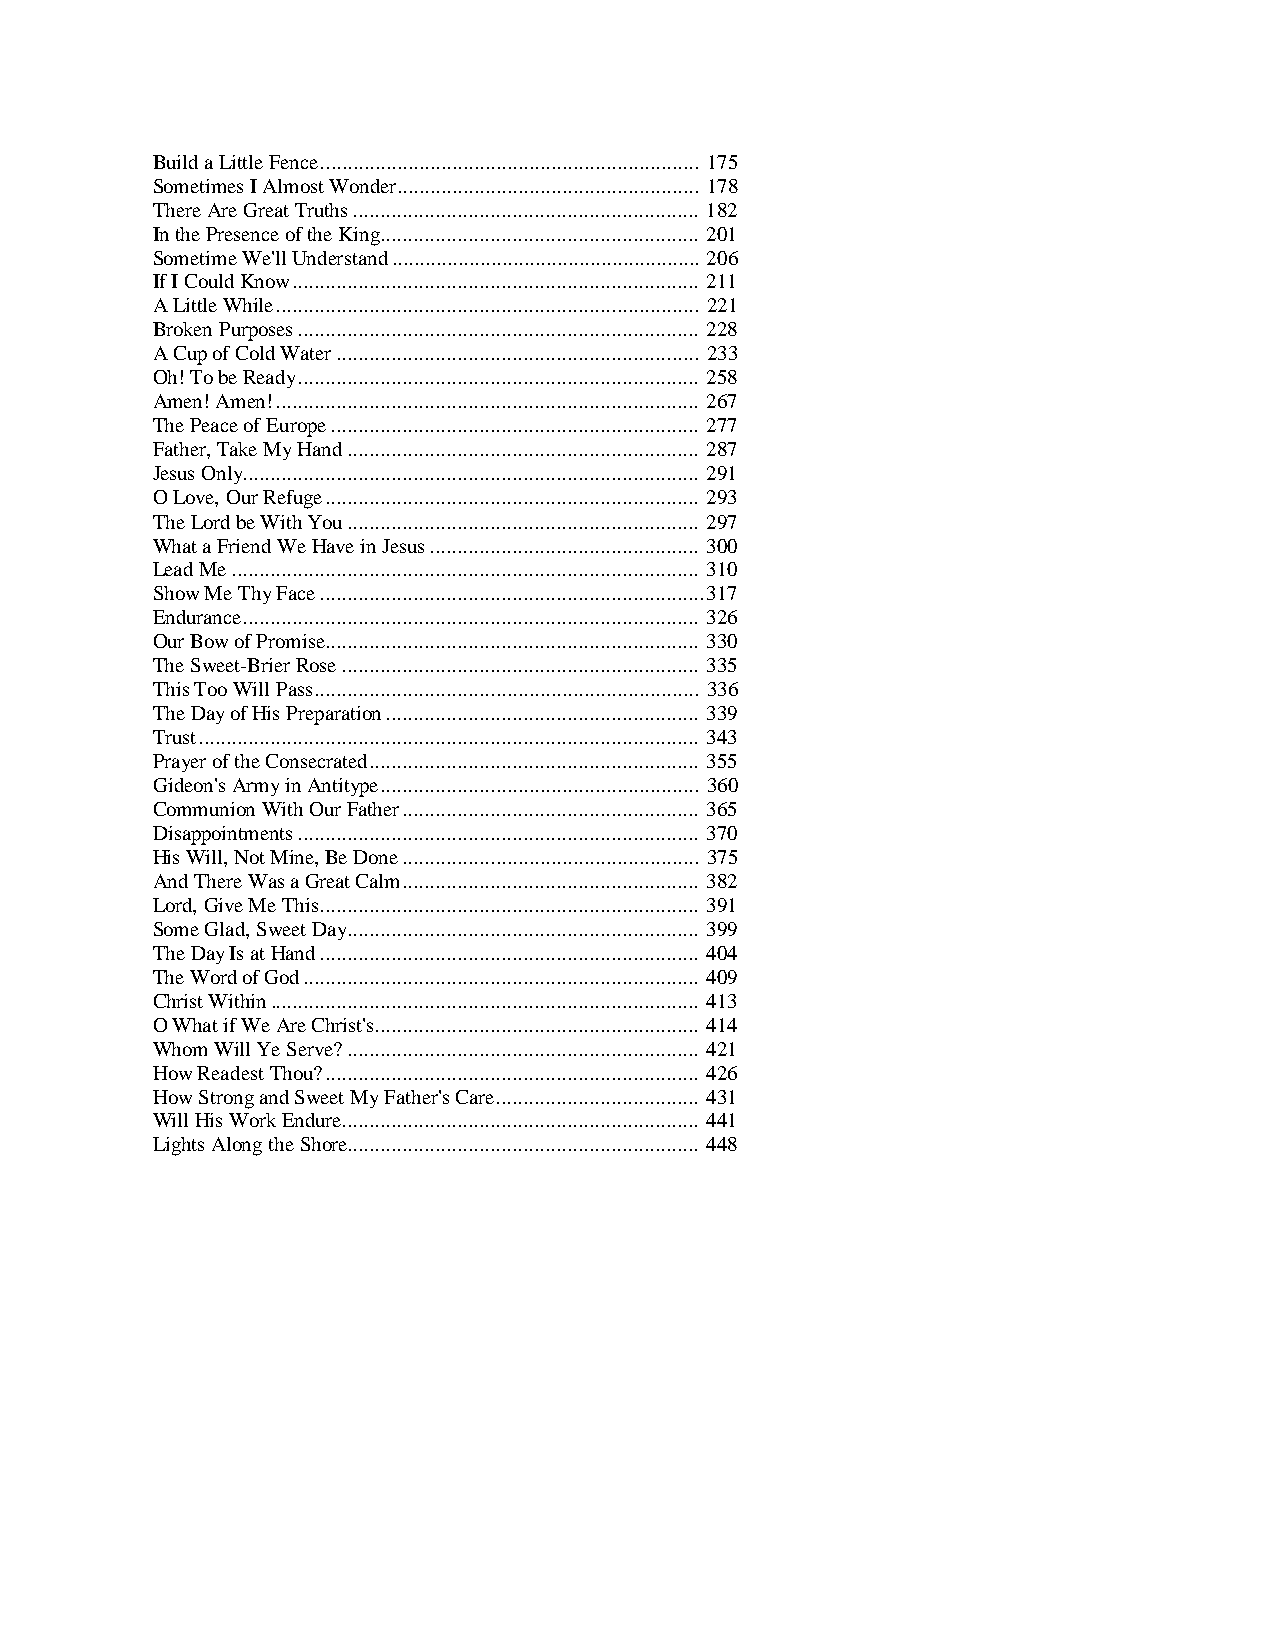
Build a Little Fence..................................................................... 175
 Sometimes I Almost Wonder....................................................... 178
 There Are Great Truths............................................................... 182
 In the Presence of the King.......................................................... 201
 Sometime We'll Understand........................................................ 206
 If I Could Know.......................................................................... 211
 A Little While............................................................................. 221
 Broken Purposes......................................................................... 228
 A Cup of Cold Water.................................................................. 233
 Oh! To be Ready......................................................................... 258
 Amen! Amen!............................................................................. 267
 The Peace of Europe................................................................... 277
 Father, Take My Hand................................................................ 287
 Jesus Only................................................................................... 291
 O Love, Our Refuge.................................................................... 293
 The Lord be With You................................................................ 297
 What a Friend We Have in Jesus................................................. 300
 Lead Me..................................................................................... 310
 Show Me Thy Face......................................................................317
 Endurance................................................................................... 326
 Our Bow of Promise.................................................................... 330
 The Sweet-Brier Rose................................................................. 335
 This Too Will Pass...................................................................... 336
 The Day of His Preparation......................................................... 339
 Trust........................................................................................... 343
 Prayer of the Consecrated............................................................ 355
 Gideon's Army in Antitype.......................................................... 360
 Communion With Our Father...................................................... 365
 Disappointments......................................................................... 370
 His Will, Not Mine, Be Done...................................................... 375
 And There Was a Great Calm...................................................... 382
 Lord, Give Me This..................................................................... 391
 Some Glad, Sweet Day................................................................ 399
 The Day Is at Hand..................................................................... 404
 The Word of God........................................................................ 409
 Christ Within.............................................................................. 413
 O What if We Are Christ's........................................................... 414
 Whom Will Ye Serve?................................................................ 421
 How Readest Thou?.................................................................... 426
 How Strong and Sweet My Father's Care..................................... 431
 Will His Work Endure................................................................. 441
 Lights Along the Shore................................................................ 448